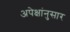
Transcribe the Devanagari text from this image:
अपेक्षांनुसार